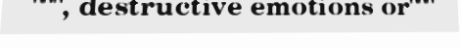
""", destructive emotions or"""